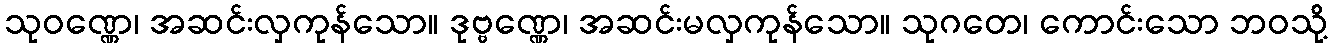
သုဝဏ္ဏေ၊ အဆင်းလှကုန်သော။ ဒုဗ္ဗဏ္ဏေ၊ အဆင်းမလှကုန်သော။ သုဂတေ၊ ကောင်းသော ဘဝသို့